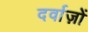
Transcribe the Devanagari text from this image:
दर्वाज़ों